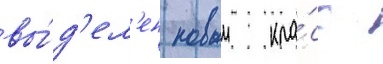
вы́д'ел'ен новыи кла́сс